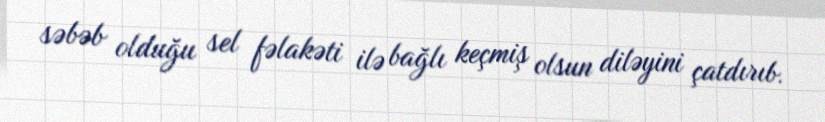
səbəb olduğu sel fəlakəti ilə bağlı keçmiş olsun diləyini çatdırıb.